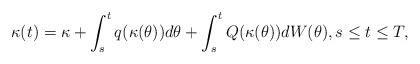
LaTeX: \begin{align*}\kappa(t)=\kappa+\int_s^tq(\kappa(\theta))d\theta+\int_s^tQ(\kappa(\theta))dW(\theta), s\le t\le T,\end{align*}